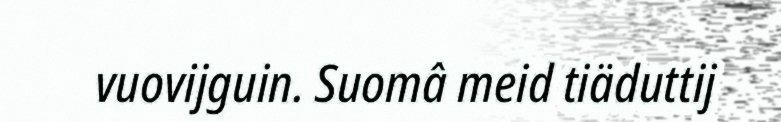
vuovijguin. Suomâ meid tiäduttij